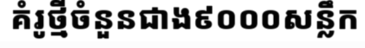
គំរូថ្មីចំនួនជាង៩០០០សន្លឹក